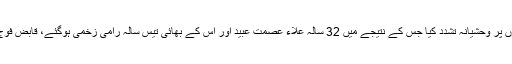
غیر ملکی خبر رساں ایجنسی وفا کے مطابق قابض فوج نے العیسویہ میں نہتے فلسطینیوں‌ پر وحشیانہ تشدد کیا جس کے نتیجے میں 32 سالہ علاء عصمت عبید اور اس کے بھائی تیس سالہ رامی زخمی ہوگئے، قابض فوج نے دونوں کو زخمی حالت میں حراست میں لینے کے بعد نامعلوم مقام پر منتقل کردیا۔